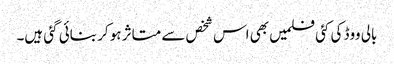
بالی ووڈ کی کئی فلمیں بھی اس شخص سے متاثر ہو کر بنائی گئی ہیں۔